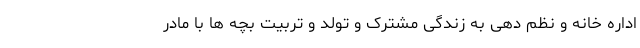
اداره خانه و نظم دهی به زندگی مشترک و تولد و تربیت بچه ها با مادر